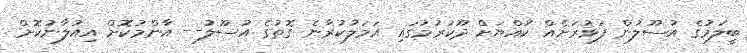
ބީލަމުގެ އުސޫލުން ފަޅުރަށެއް ކުއްޔަށް ދޫކުރުމުގައި އަމަލުކުރާނެ ގޮތުގެ އުސޫލު-- އާންމުކޮށް އިއުލާނުކޮށް